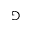
\Game